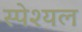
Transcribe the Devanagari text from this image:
स्पेश्यल